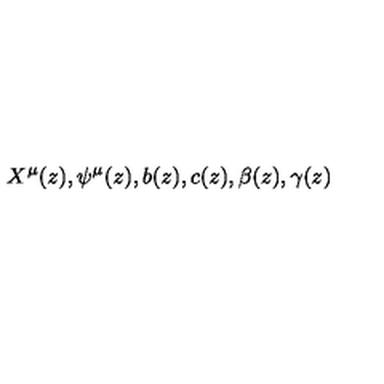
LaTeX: X ^ { \mu } ( z ) , \psi ^ { \mu } ( z ) , b ( z ) , c ( z ) , \beta ( z ) , \gamma ( z )